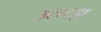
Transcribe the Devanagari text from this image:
उसदड़ा